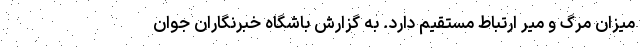
میزان مرگ و میر ارتباط مستقیم دارد. به گزارش باشگاه خبرنگاران جوان